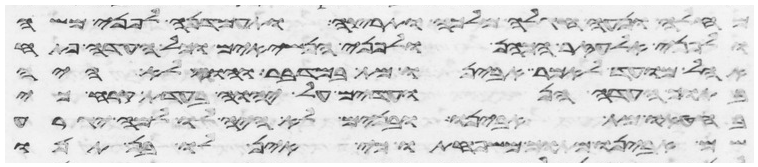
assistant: מחלה ונעה חגלה מלכה ותרצה ותעמדנה לפני משה
ולפני אלעזר הכהן ולפני הנשיאים וכל העדה פתח
אהל מועד לאמר אבינו מת במדבר והוא לא היה
בתוך העדה הנועדים על יהוה בעדת קרח כי
בחטאו מת אבינו ובנים לא היה לו למה יגרע
שם אבינו מתוך משפחתו כי אין לו בן תנו